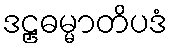
ဒဠှဓမ္မာတိပဒံ